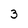
Character: 3